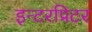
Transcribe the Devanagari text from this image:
इन्टरप्रिटर